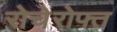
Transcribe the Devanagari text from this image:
रोचेरोफ्त